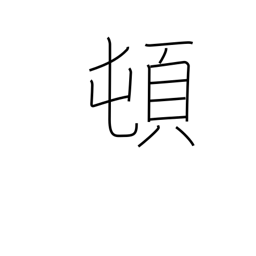
Meaning: suddenly